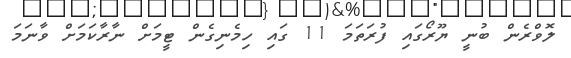
ލޮވްރެން ބުނީ ޔޫރޯގައި ފުރަތަމަ 11 ގައި ހިމެނިގެން ޓީމަށް ނާރާކަމަށް ވާނަމަ